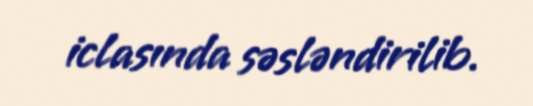
iclasında səsləndirilib.